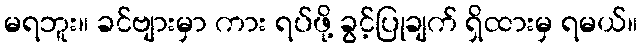
မရဘူး။ ခင်ဗျားမှာ ကား ရပ်ဖို့ ခွင့်ပြုချက် ရှိထားမှ ရမယ်။